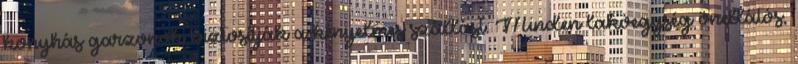
konyhás garzonok biztosítják a kényelmes szállást. Minden lakóegység önellátós,